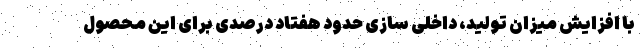
با افزایش میزان تولید، داخلی سازی حدود هفتاد درصدی برای این محصول